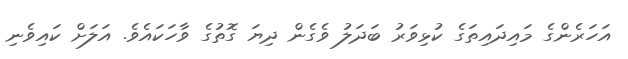
އަހަރެންގެ މައިދައިތަގެ ކުޅިވަރު ބަދަލު ވެގެން ދިޔަ ގޮތުގެ ވާހަކައެވެ. އަލަށް ކައިވެނި